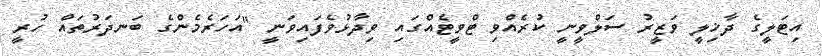
އިޓަލީގެ ދާޚިލީ ވަޒީރު ސަލްވީނީ ކުރެއްވި ޓްވީޓެއްގައި ވިދާޅުވެފައިވަނީ "އަހަރެމެންގެ ބަނދަރުތައް ހުރީ